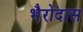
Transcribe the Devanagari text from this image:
भैरोंदास